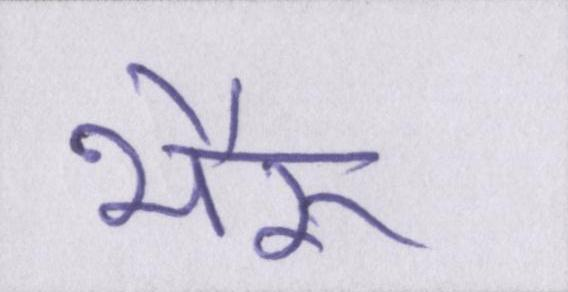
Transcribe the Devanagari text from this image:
भैरू